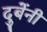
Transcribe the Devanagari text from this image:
दुबेंनी